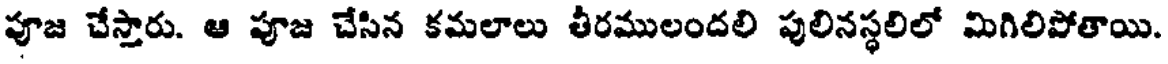
పూజ చేస్తారు. ఆ పూజ చేసిన కమలాలు తీరములందలి పులినస్థలిలో మిగిలిపోతాయి.